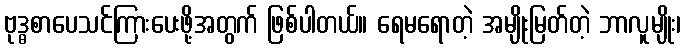
ဗုဒ္ဓစာပေသင်ကြားပေးဖို့အတွက် ဖြစ်ပါတယ်။ ရေမရောတဲ့ အမျိုးမြတ်တဲ့ ဘာလူမျိုး၊